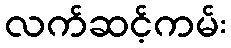
လက်ဆင့်ကမ်း